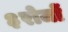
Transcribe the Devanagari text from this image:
३रोजों